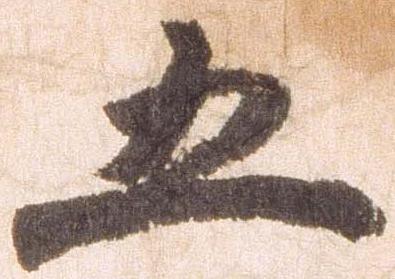
五